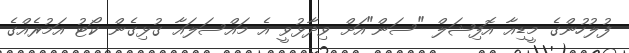
ފުލުހުންގެ މީޑިއާ އޮފިޝަލް "ސަން"އަށް ވިދާޅުވީ އެ މައްސަލައާ ގުޅިގެން ކޯޓު އަމުރެއްގެ